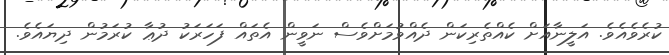
ކުރެވެއެވެ. އަލީނާއަށް ކެއްތެރިކަން ދެއްވުމަށްވެސް ނަވީން އެތައް ފަހަރަކު ދުޢާ ކުރަމުން ދިޔައެވެ.